Indian journal of veterinary science and animal husbandry - Volume 1,
Year: 1931
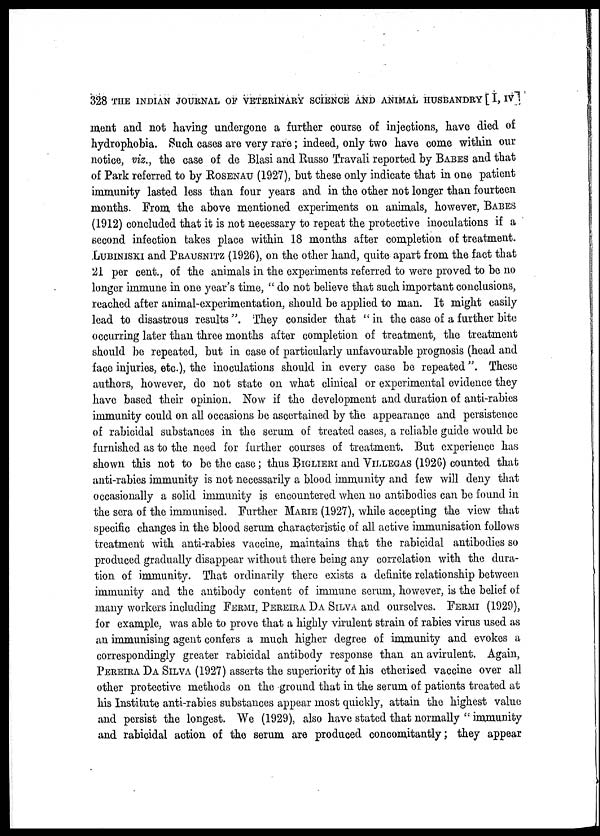
328 THE INDIAN JOURNAL OF VETERINARY SCIENCE AND ANIMAL HUSBANDRY [ I, IV
ment and not having undergone a further course of injections, have died of
hydrophobia. Such cases are very rare; indeed, only two have come within our
notice, viz., the case of de Blasi and Russo Travali reported by BABES and that
of Park referred to by ROSENAU (1927), but these only indicate that in one patient
immunity lasted less than four years and in the other not longer than fourteen
months. From the above mentioned experiments on animals, however, BABES
(1912) concluded that it is not necessary to repeat the protective inoculations if a
second infection takes place within 18 months after completion of treatment.
LUBINISKI and PRAUSNITZ (1926), on the other hand, quite apart from the fact that
21 per cent., of the animals in the experiments referred to were proved to be no
longer immune in one year's time, " do not believe that such important conclusions,
reached after animal-experimentation, should be applied to man. It might easily
lead to disastrous results ". They consider that " in the case of a further bite
occurring later than three months after completion of treatment, the treatment
should be repeated, but in case of particularly unfavourable prognosis (head and
face injuries, etc.), the inoculations should in every case be repeated". These
authors, however, do not state on what clinical or experimental evidence they
have based their opinion. Now if the development and duration of anti-rabies
immunity could on all occasions be ascertained by the appearance and persistence
of rabicidal substances in the serum of treated cases, a reliable guide would be
furnished as to the need for further courses of treatment. But experience has
shown this not to be the case; thus BIGLIERI and VILLEGAS (1926) counted that
anti-rabies immunity is not necessarily a blood immunity and few will deny that
occasionally a solid immunity is encountered when no antibodies can be found in
the sera of the immunised. Further MARIE (1927), while accepting the view that
specific changes in the blood serum characteristic of all active immunisation follows
treatment with anti-rabies vaccine, maintains that the rabicidal antibodies so
produced gradually disappear without there being any correlation with the dura-
tion of immunity. That ordinarily there exists a definite relationship between
immunity and the antibody content of immune serum, however, is the belief of
many workers including FERMI, PEREIRA DA SILVA and ourselves. FERMI (1929),
for example, was able to prove that a highly virulent strain of rabies virus used as
an immunising agent confers a much higher degree of immunity and evokes a
correspondingly greater rabicidal antibody response than an avirulent. Again,
PEREIRA DA SILVA (1927) asserts the superiority of his etherised vaccine over all
other protective methods on the ground that in the serum of patients treated at
his Institute anti-rabies substances appear most quickly, attain the highest value
and persist the longest. We (1929), also have stated that normally " immunity
and rabicidal action of the serum are produced concomitantly; they appear